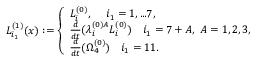
L _ { i _ { 1 } } ^ { ( 1 ) } ( x ) : = \left\{ \begin{array} { l l l } { { L _ { i } ^ { ( 0 ) } , ~ ~ ~ \ i _ { 1 } = 1 , . . . 7 , } } \\ { { \frac { d } { d t } ( \lambda _ { i } ^ { ( 0 ) A } L _ { i } ^ { ( 0 ) } ) ~ ~ ~ i _ { 1 } = 7 + A , ~ A = 1 , 2 , 3 , } } \\ { { \frac { d } { d t } ( \Omega _ { 4 } ^ { ( 0 ) } ) ~ ~ ~ i _ { 1 } = 1 1 . } } \end{array} \right.